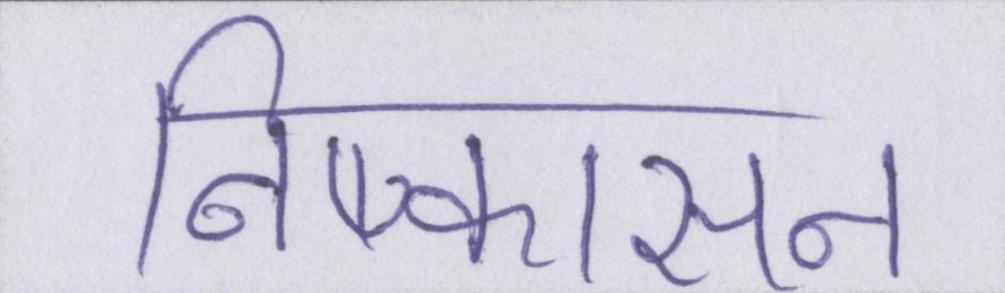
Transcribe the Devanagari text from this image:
निष्कासन